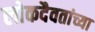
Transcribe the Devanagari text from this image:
लोकदैवतांच्या